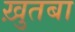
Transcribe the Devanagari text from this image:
ख़ुतबा